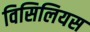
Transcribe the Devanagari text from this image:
विसिलियस